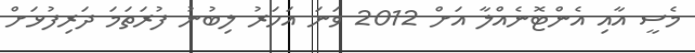
މެސީ އާއި އެންޓޮނެއްލާ އަށް 2012 ވަނަ އަހަރު ލިބުނު ފުރަތަމަ ދަރިފުޅަށް